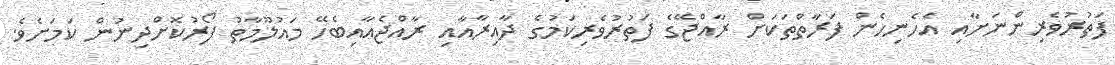
ފަތުރުވެރިންނަށާއި އެހެނިހެން ފަރާތްތަކަށް ރާއްޖޭގެ ފަތުރުވެރިކަމުގެ ދާއިރާއާއި ރާއްޖެއާއިބެހޭ މައުލޫމާތު ފޯރުކޮށްދިނުން ކަމަށެވެ.